Burma Government Medical School reports 1907-22
Year: 1907
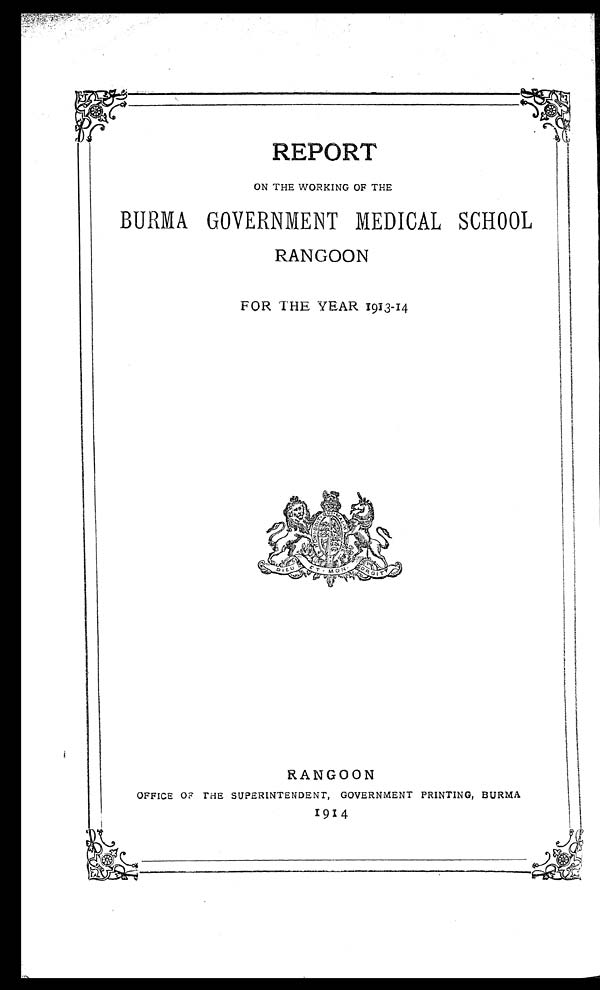
REPORT
ON THE WORKING OF THE
BURMA GOVERNMENT MEDICAL SCHOOL
RANGOON
FOR THE YEAR 1913-14
RANGOON
OFFICE OF THE SUPERINTENDENT, GOVERNMENT PRINTING, BURMA
19 14